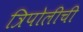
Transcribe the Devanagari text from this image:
त्रिपोलीची